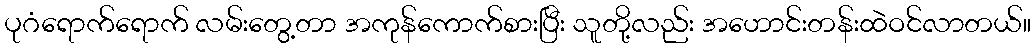
ပုဂံရောက်ရောက် လမ်းတွေ့တာ အကုန်ကောက်စားပြီး သူတို့လည်း အဟောင်းတန်းထဲဝင်လာတယ်။